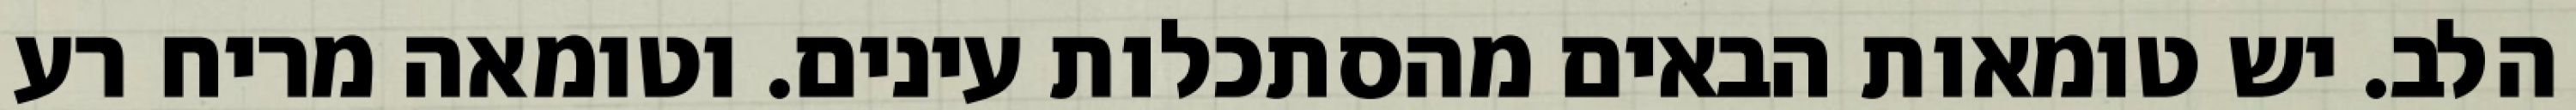
הלב. יש טומאות הבאים מהסתכלות עינים. וטומאה מריח רע